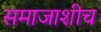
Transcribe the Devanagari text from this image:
समाजाशीच